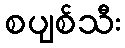
စပျစ်သီး